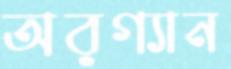
অরগ্যান